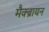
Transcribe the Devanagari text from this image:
मैक्ब्रायन